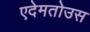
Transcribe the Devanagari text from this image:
एदेमतोउस